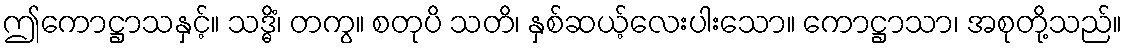
ဤကောဋ္ဌာသနှင့်။ သဒ္ဓိံ၊ တကွ။ စတုပိ သတိ၊ နှစ်ဆယ့်လေးပါးသော။ ကောဋ္ဌာသာ၊ အစုတို့သည်။